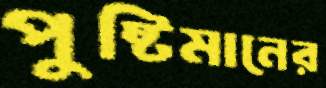
পুষ্টিমানের